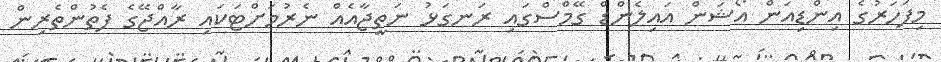
މިފަހަރުގެ އިންޑިއަން އޯޝަން އައިލެންޑް ގޭމްސްގައި ރަނގަޅު ނަތީޖާއެއް ނެރުމަށްޓަަކައި ރާއްޖޭގެ ފެތުންތެރިން